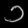
Digit: ၁